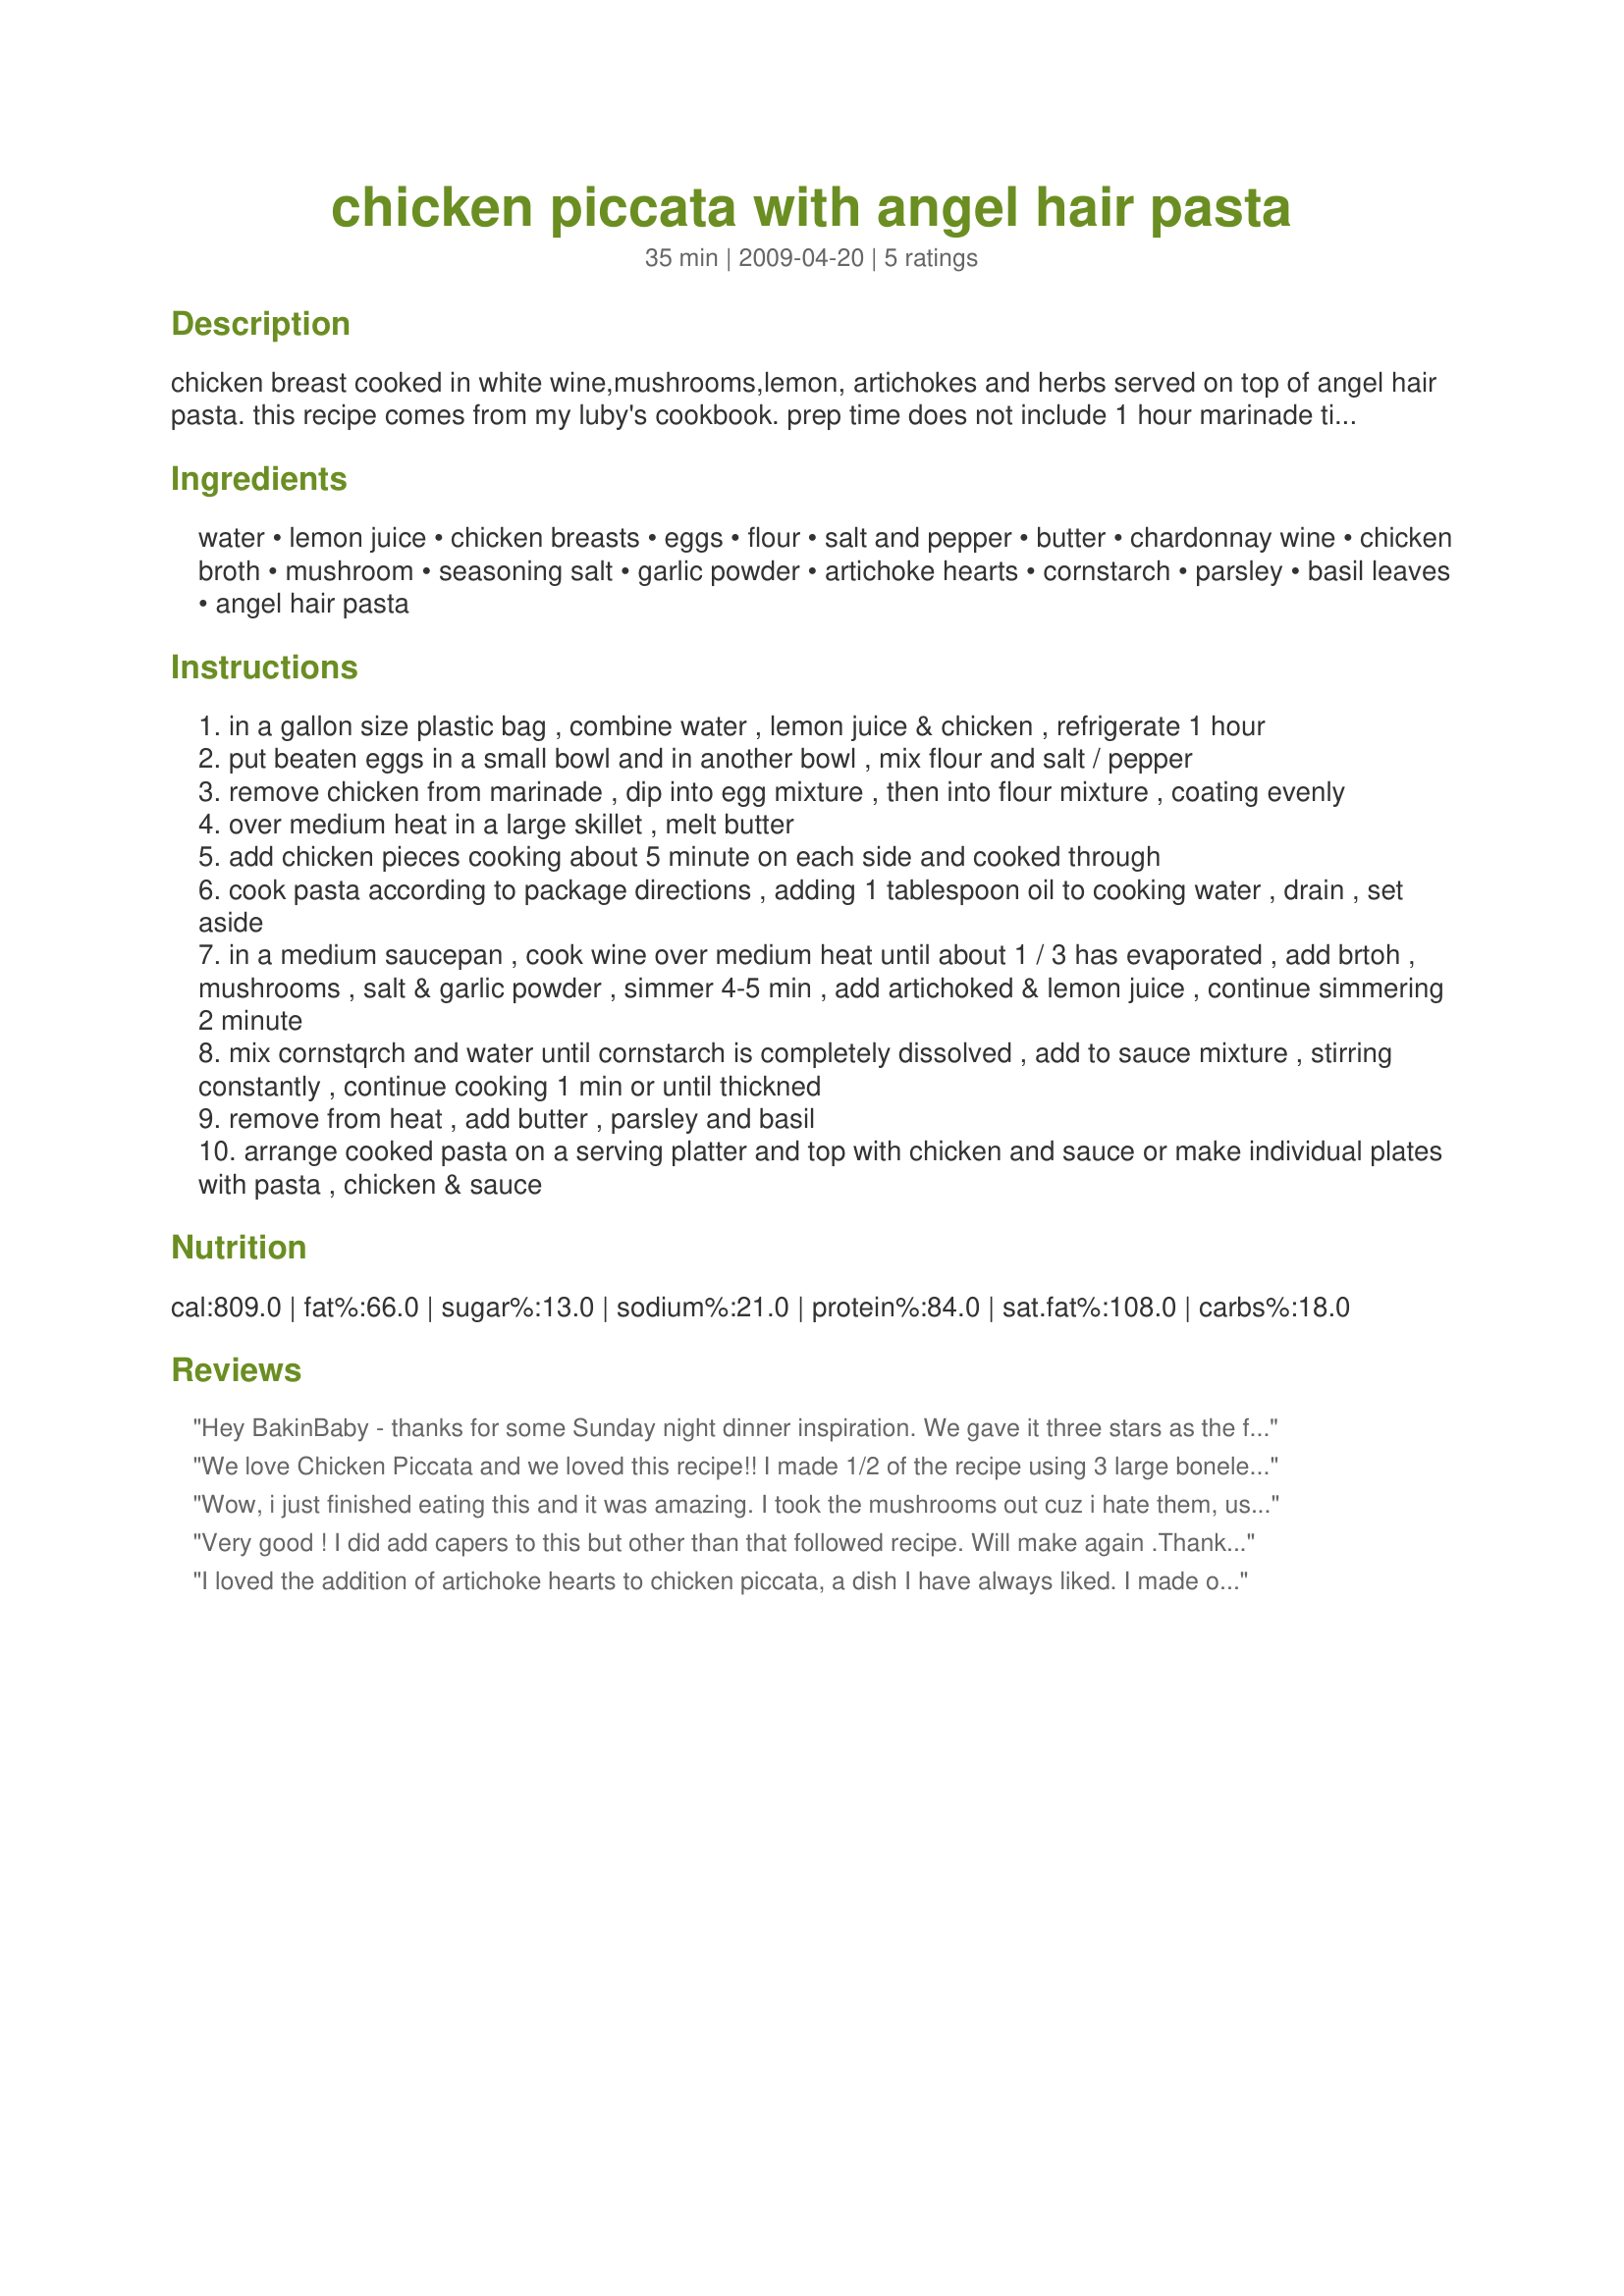
chicken piccata with angel hair pasta
Preparation time: 35 minutes

chicken breast cooked in white wine,mushrooms,lemon, artichokes and herbs served on top of angel hair pasta. this recipe comes from my luby's cookbook. prep time does not include 1 hour marinade time for chicken.

Ingredients:
water, lemon juice, chicken breasts, eggs, flour, salt and pepper, butter, chardonnay wine, chicken broth, mushroom, seasoning salt, garlic powder, artichoke hearts, cornstarch, parsley, basil leaves, angel hair pasta

Steps:
in a gallon size plastic bag , combine water , lemon juice & chicken , refrigerate 1 hour
put beaten eggs in a small bowl and in another bowl , mix flour and salt / pepper
remove chicken from marinade , dip into egg mixture , then into flour mixture , coating evenly
over medium heat in a large skillet , melt butter
add chicken pieces cooking about 5 minute on each side and cooked through
cook pasta according to package directions , adding 1 tablespoon oil to cooking water , drain , set aside
in a medium saucepan , cook wine over medium heat until about 1 / 3 has evaporated , add brtoh , mushrooms , salt & garlic powder , simmer 4-5 min , add artichoked & lemon juice , continue simmering 2 minute
mix cornstqrch and water until cornstarch is completely dissolved , add to sauce mixture , stirring constantly , continue cooking 1 min or until thickned
remove from heat , add butter , parsley and basil
arrange cooked pasta on a serving platter and top with chicken and sauce or make individual plates with pasta , chicken & sauce

Reviews:
Hey BakinBaby - thanks for some Sunday night dinner inspiration. We gave it three stars as the flavour was okay, but we made so many changes that it couldn&#039;t have been the same as yours. We always get frustrated when people review things but say they changed just about everything about the recipe. 3 for us means we would eat it again, but it doesn&#039;t blow our socks off. Healthy too which we liked. Thanks again :)
We love Chicken Piccata and we loved this recipe!! I made 1/2 of the recipe using 3 large boneless, skinless chicken breasts, normally I use cutlets and think I would use the cutlets or butterfly the large chicken breast next time. I didn't use the artichoke hearts, as I was pushing it to use the mushrooms for 17 yo DS. I served it with garlic bread, green beans and angel hair pasta, which my son requested that it be made with my Recipe #345703 sauce, although I would have rather had it with just the sauce from the chicken. Thanks for sharing the recipe BakinBaby!!! Made for 123 Tag!!
Wow, i just finished eating this and it was amazing. I took the mushrooms out cuz i hate them, used marinated artichokes, and for the seasoning i substitued in garlic salt. I will definately be making this again. 5 stars.
Very good ! I did add capers to this but other than that followed recipe. Will make again .Thanks for posting. Made for Everdays a holiday.
I loved the addition of artichoke hearts to chicken piccata, a dish I have always liked. I made only two servings, and eyeballed the ingredients, and it turned out fine. Two changes I made was to put the chicken between a couple of sheets of plastic wrap and gently pound them to make them uniform in thickness. This helps everything cook at the same time and more evenly. I also used cornstarch instead of flour as a breading. This is a trick I learned while taking Chinese cooking lessons - it makes a nicer crust than flour does, I find.
